Vaccination Hyderabad 1890-1903 - 1890-1903
Year: 1890
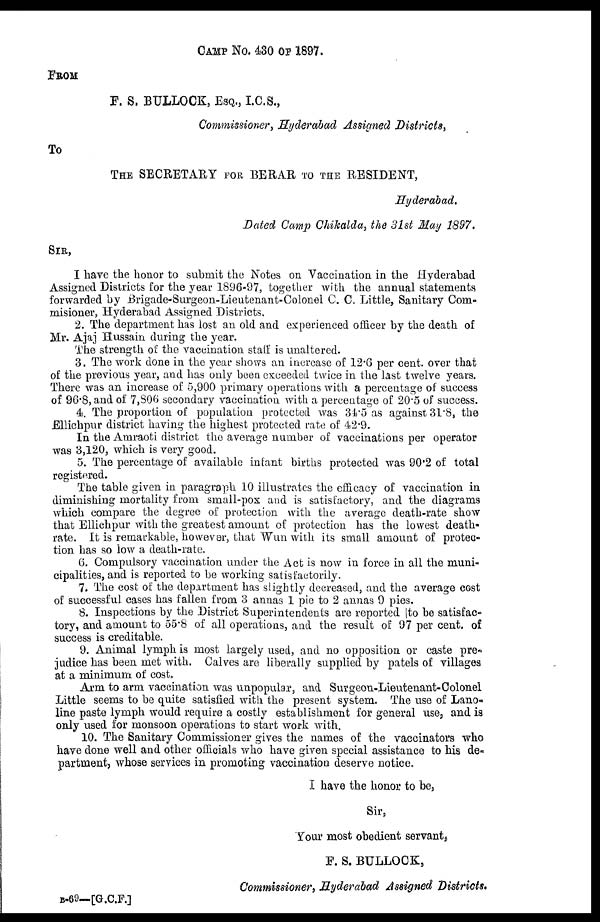
CAMP NO. 430 OF 1897.
FROM
F. S. BULLOCK, ESQ., I.C.S.,
Commissioner, Hyderabad Assigned Districts,
To
THE SECRETARY FOR BERAR TO THE RESIDENT,
Hyderabad.
Dated Camp Chikalda, the 31st May 1897.
SIR,
I have the honor to submit the Notes on Vaccination in the Hyderabad
Assigned Districts for the year 1896-97, together with the annual statements
forwarded by Brigade-Surgeon-Lieutenant-Colonel C. C. Little, Sanitary Com-
misioner, Hyderabad Assigned Districts.
2. The department has lost an old and experienced officer by the death of
Mr. Ajaj Hussain during the year.
The strength of the vaccination staff is unaltered.
3. The work done in the year shows an increase of 12.6 per cent. over that
of the previous year, and has only been exceeded twice in the last twelve years.
There was an increase of 5,900 primary operations with a percentage of success
of 96.8, and of 7,806 secondary vaccination with a percentage of 20.5 of success.
4. The proportion of population protected was 34.5 as against 31.8, the
Ellichpur district having the highest protected rate of 42.9.
In the Amraoti district the average number of vaccinations per operator
was 3,120, which is very good.
5. The percentage of available infant births protected was 90.2 of total
registered.
The table given in paragraph 10 illustrates the efficacy of vaccination in
diminishing mortality from small-pox and is satisfactory, and the diagrams
which compare the degree of protection with the average death-rate show
that Ellichpur with the greatest amount of protection has the lowest death-
rate. It is remarkable, however, that Wun with its small amount of protec-
tion has so low a death-rate.
6. Compulsory vaccination under the Act is now in force in all the muni-
cipalities, and is reported to be working satisfactorily.
7. The cost of the department has slightly decreased, and the average cost
of successful cases has fallen from 3 annas 1 pie to 2 annas 9 pies.
8. Inspections by the District Superintendents are reported to be satisfac-
tory, and amount to 55.8 of all operations, and the result of 97 per cent. of
success is creditable.
9. Animal lymph is most largely used, and no opposition or caste pre-
judice has been met with. Calves are liberally supplied by patels of villages
at a minimum of cost.
Arm to arm vaccination was unpopular, and Surgeon-Lieutenant-Colonel
Little seems to be quite satisfied with the present system. The use of Lano¬
line paste lymph would require a costly establishment for general use, and is
only used for monsoon operations to start work with.
10. The Sanitary Commissioner gives the names of the vaccinators who
have done well and other officials who have given special assistance to his de-
partment, whose services in promoting vaccination deserve notice.
I have the honor to be,
Sir,
Your most obedient servant,
F. S. BULLOCK,
Commissioner, Hyderabad Assigned Districts.
B-69—[G.C.F.]